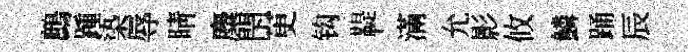
鷓踵𣑱辱睛麋閇茰钩鞮滿允影攸鱗踊辰